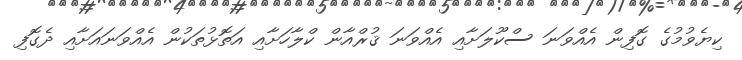
ކިޔެވުމުގެ ގޮފިން އެއްވަނަ ސްކޫލަށާއި އެއްވަނަ ޤުރްއާން ކްލާހަށާއި އަތޮޅުތަކުން އެއްވަނައަށާއި ދެގޮފި